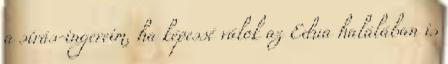
a sírás-ingereim, ha képessé válok az Edua halálában is